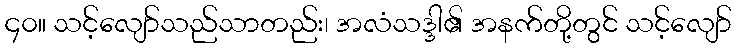
၄၀။ သင့်လျော်သည်သာတည်း၊ အလံသဒ္ဒါ၏ အနက်တို့တွင် သင့်လျော်